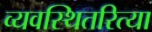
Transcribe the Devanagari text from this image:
व्यवस्थितरित्या